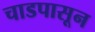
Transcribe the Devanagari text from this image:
चाडपासून